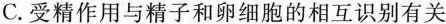
C.受精作用与精子和卵细胞的相互识别有关